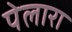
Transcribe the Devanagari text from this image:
पेलारा